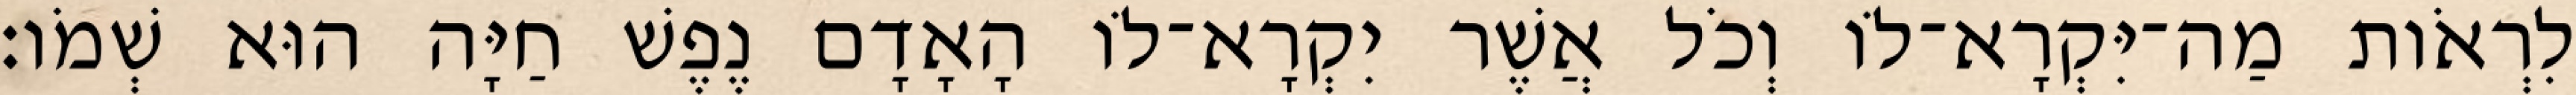
לִרְאֹות מַה־יִּקְרָא־לֹו וְכֹל אֲשֶׁר יִקְרָא־לֹו הָאָדָם נֶפֶשׁ חַיָּה הוּא שְׁמֹו׃